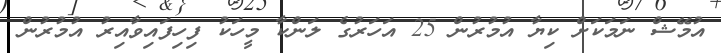
އުމޭޝް ނަމަކަށް ކިޔާ އުމުރުން 25 އަހަރުގެ ލަންކާ މީހަކު ފިހިފައިވާއިރު އުމުރުން